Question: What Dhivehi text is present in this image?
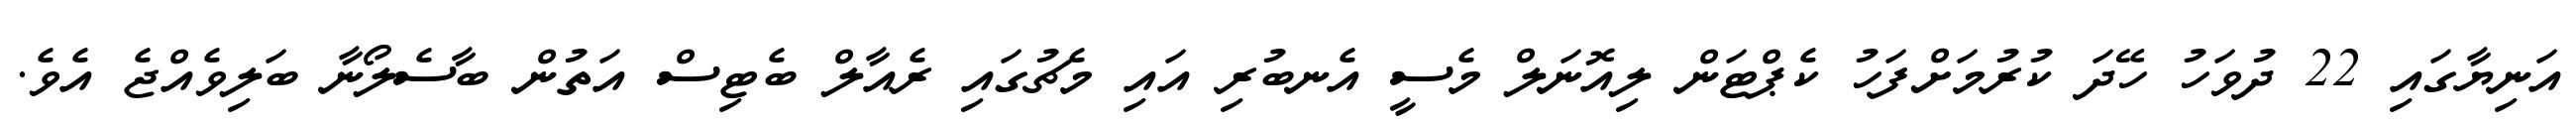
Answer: އަނިޔާގައި 22 ދުވަހު ހޭދަ ކުރުމަށްފަހު ކެޕްޓަން ލިއޮނަލް މެސީ އެނބުރި އައި މެޗުގައި ރެއާލް ބެޓިސް އަތުން ބާސެލޯނާ ބަލިވެއްޖެ އެވެ.